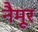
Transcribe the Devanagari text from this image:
नैमूर